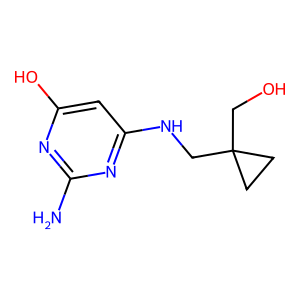
SMILES: Nc1nc(O)cc(NCC2(CO)CC2)n1
Inhibits HIV replication: No